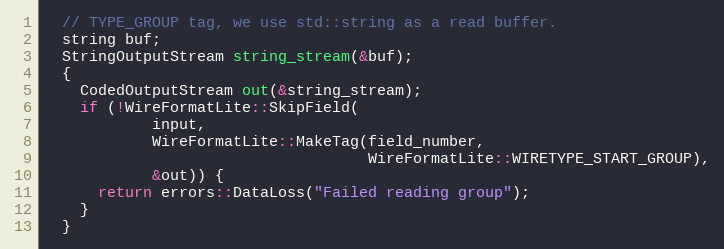
Language: C
  // TYPE_GROUP tag, we use std::string as a read buffer.
  string buf;
  StringOutputStream string_stream(&buf);
  {
    CodedOutputStream out(&string_stream);
    if (!WireFormatLite::SkipField(
            input,
            WireFormatLite::MakeTag(field_number,
                                    WireFormatLite::WIRETYPE_START_GROUP),
            &out)) {
      return errors::DataLoss("Failed reading group");
    }
  }